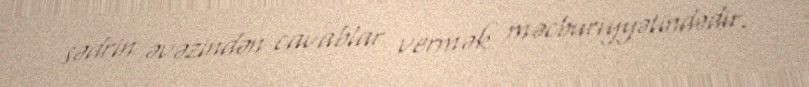
sədrin əvəzindən cavablar vermək məcburiyyətindədir.